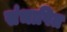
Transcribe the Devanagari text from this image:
संभाषित